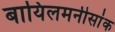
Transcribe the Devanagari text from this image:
बायिलमनीसांक